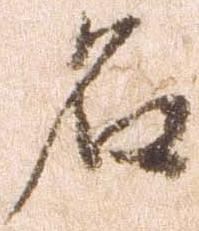
名